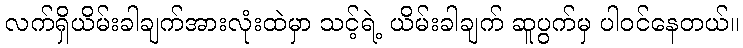
လက်ရှိယိမ်းခါချက်အားလုံးထဲမှာ သင့်ရဲ့ ယိမ်းခါချက် ဆူပွက်မှ ပါဝင်နေတယ်။